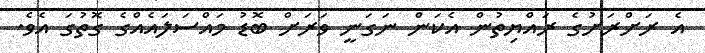
އެ ރަށްރަށުގެ ރައްޔިތުން އެކަން ނަގަނީ ވަރަށް ބޮޑު މައްސަލައެއްގެ ގޮތުގަ އެވެ.